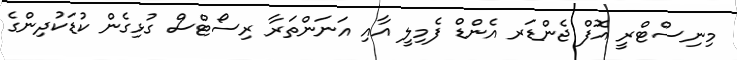
މިނިސްޓްރީ އޮފް ޖެންޑަރ އެންޑް ފެމިލީ އާއި އަނަންތަރާ ރިސޯޓްސް ގުޅިގެން ކުޑަކުދިންގެ